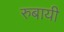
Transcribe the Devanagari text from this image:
रुबायी